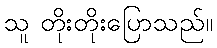
သူ တိုးတိုးပြောသည်။